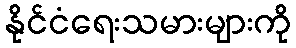
နိုင်ငံရေးသမားများကို